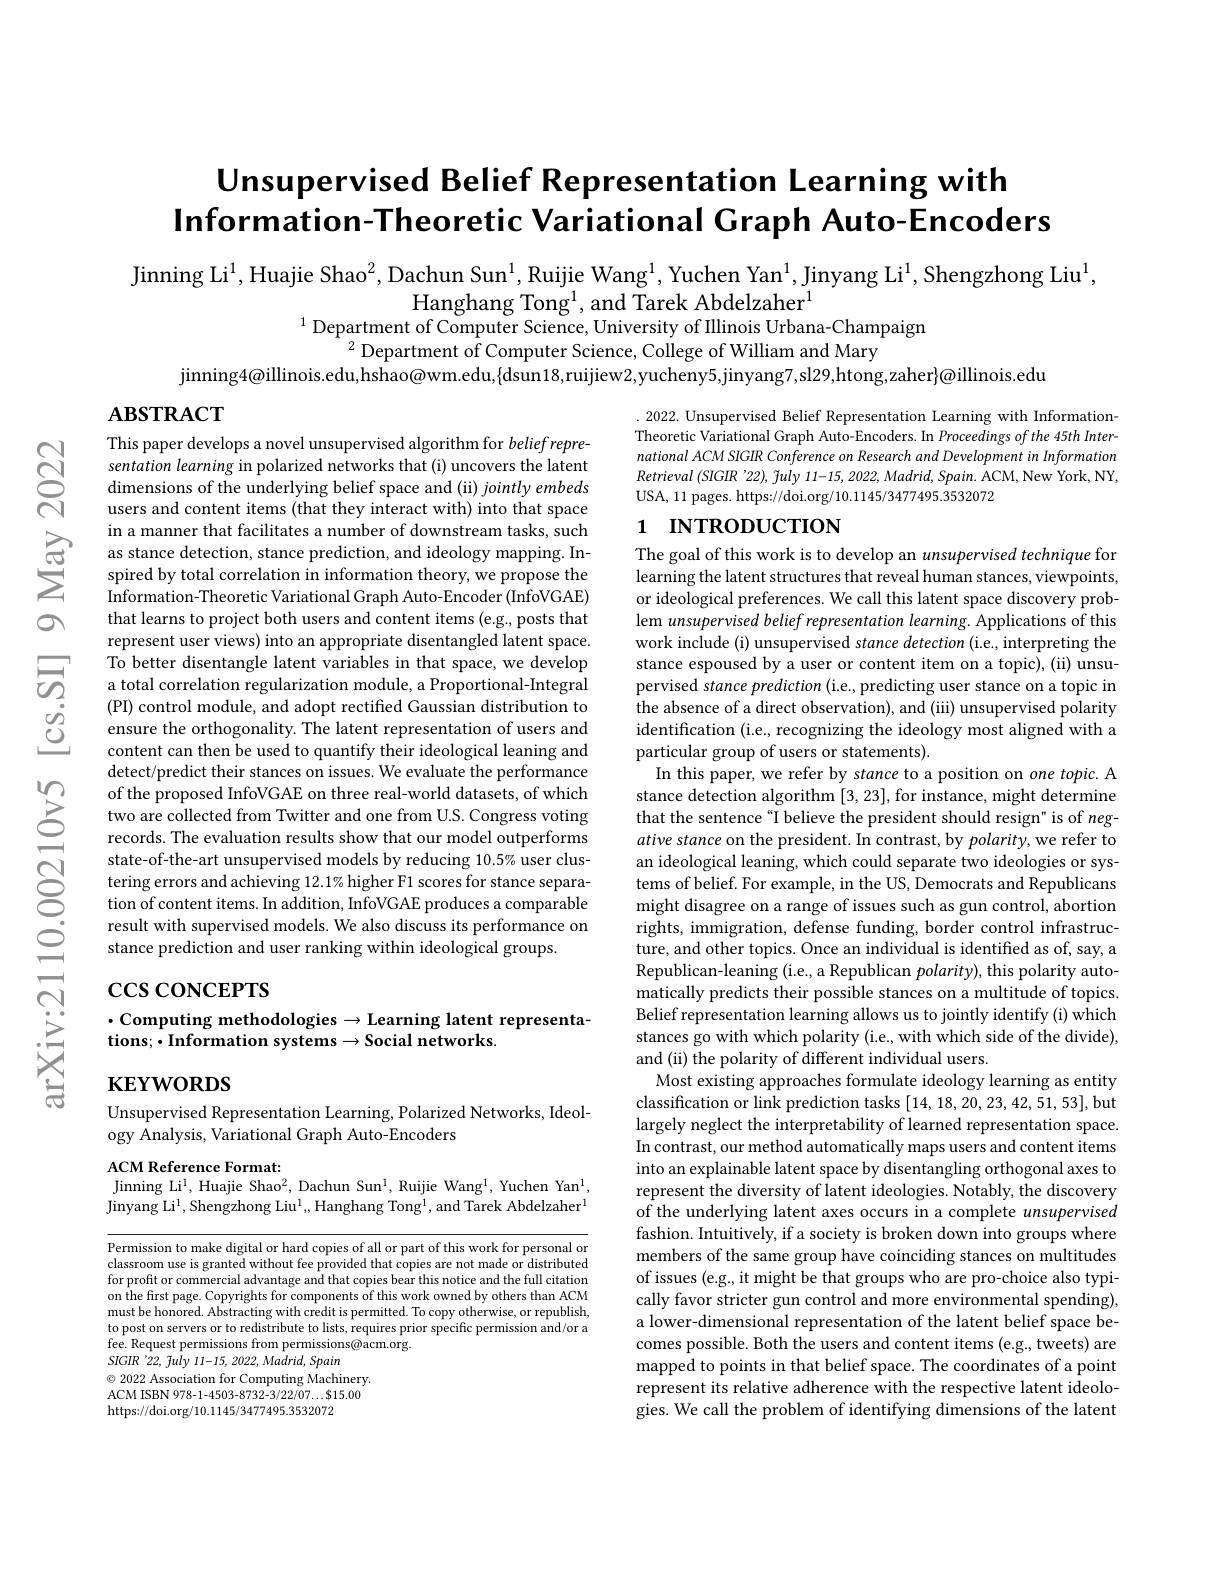
# Unsupervised Belief Representation Learning with Information-Theoretic Variational Graph Auto-Encoders

Jinning Li$^{1}$, Huajie Shao$^2$, Dachun Sun$^{1}$, Ruijie Wang$^{1}$, Yuchen Yan$^{1}$, Jinyang Li$^{1}$, Shengzhong Liu$^{1}$,
Hanghang Tong$^1$,and Tarek Abdelzaher$^1$
$^{1}$Department of Computer Science, University of Illinois Urbana-Champaign

$^{2}$Department of Computer Science, College of William and Mary
$\bar{\text{jinning}4@\text{illinois.edu,hshao@wm.edu,\{dsun18,ruijiew2,yucheny5,jinyang7,sl29,htong,zaher}}@$illinois.edu

$\mathbf{ABSTRACT}$

.2022. Unsupervised Belief Representation Learning with InformationTheoretic Variational Graph Auto-Encoders. In Proceedings ofthe 45th International ACM SIGR Conference on Research and Development in Information $Retrieval\left(SIGIR~'22\right),\tilde{f}uly~11-15,2022,Madrid,Spain.ACM,New~York,~NY$, USA, 11 pages. https://doi.org/10.1145/3477495.3532072

## 1 INTRODUCTION

This paper develops a novel unsupervised algorithm for belief representation learning in polarized networks that (i) uncovers the latent dimensions of the underlying belief space and (ii) jointly embeds users and content items (that they interact with) into that space in a manner that facilitates a number of downstream tasks, such
$\sum_{\begin{array}{cc}\text{G}&\text{as stance detection,stance prediction,and ideology mapping.In-}\\\text{spired by total correlation in information theory,we propose the}\\&\text{Information-Theoretic Variational Graph Auto-Encoder(InfoVGAE)}\end{array}}$
that learns to project both users and content items (e.g., posts that represent user views) into an appropriate disentangled latent space. To better disentangle latent variables in that space, we develop a total correlation regularization module, a Proportional-Integral (PI) control module, and adopt rectified Gaussian distribution to ensure the orthogonality. The latent representation of users and content can then be used to quantify their ideological leaning and detect/predict their stances on issues. We evaluate the performance of the proposed InfoVGAE on three real-world datasets, of which two are collected from Twitter and one from U.S. Congress voting records. The evaluation results show that our model outperforms state-of-the-art unsupervised models by reducing 10.5% user clustering errors and achieving 12.1% higher F1 scores for stance separation of content items. In addition, InfoVGAE produces a comparable result with supervised models. We also discuss its performance on stance prediction and user ranking within ideological groups

The goal of this work is to develop an unsupervised technique for learning the latent structures that reveal human stances, viewpoints, or ideological preferences. We call this latent space discovery problem unsupervised belief representation learning. Applications of this work include (i) unsupervised stance detection (i.e., interpreting the stance espoused by a user or content item on a topic), (ii) unsupervised stance prediction (i.e., predicting user stance on a topic in the absence of a direct observation), and (iii) unsupervised polarity identification (i.e., recognizing the ideology most aligned with a particular group of users or statements).
In this paper, we refer by stance to a position on one topic. A stance detection algorithm [3,23],for instance, might determine that the sentence“I believe the president should resign" is of negative stance on the president. In contrast, by polarity, we refer to an ideological leaning, which could separate two ideologies or systems of belief. For example, in the US, Democrats and Republicans might disagree on a range of issues such as gun control, abortion rights, immigration, defense funding, border control infrastructure, and other topics. Once an individual is identified as of, say, a Republican-leaning (i.e., a Republican $polarity)$, this polarity automatically predicts their possible stances on a multitude of topics. Belief representation learning allows us to jointly identify (i) which stances go with which polarity (i.e., with which side of the divide), and (ii) the polarity of different individual users.
Most existing approaches formulate ideology learning as entity classification or link prediction tasks [14,18,20,23,42,51,53],but largely neglect the interpretability of learned representation space. In contrast, our method automatically maps users and content items into an explainable latent space by disentangling orthogonal axes to represent the diversity of latent ideologies. Notably, the discovery of the underlying latent axes occurs in a complete unsupervised fashion. Intuitively, if a society is broken down into groups where members of the same group have coinciding stances on multitudes of issues (e.g., it might be that groups who are pro-choice also typically favor stricter gun control and more environmental spending), a lower-dimensional representation of the latent belief space becomes possible. Both the users and content items (e.g., tweets) are mapped to points in that belief space. The coordinates of a point represent its relative adherence with the respective latent ideologies. We call the problem of identifying dimensions of the latent

# $\csc\csc$coNCEPTS

## $\cdot$Computing methodologies$\to$Learning latent representations; $\bullet$Information systems$\to$Social networks.

$\mathbf{KEYWORDS}$

Unsupervised Representation Learning, Polarized Networks, Ideol-
ogy Analysis, Variational Graph Auto-Encoders

ACM Reference Format:
Jinning Li$^1$, Huajie Shao$^2$, Dachun Sun$^1$, Ruijie Wang$^1$, Yuchen Yan$^1$,

Jinyang Li$^1$,Shengzhong Liu$^1,$,Hanghang Tong$^1$,and Tarek Abdelzaher$^1$

Permission to make digital or hard copies of all or part of this work for personal or classroom use is granted without fee provided that copies are not made or distributed for profit or commercial advantage and that copies bear this notice and the full citation on the first page. Copyrights for components of this work owned by others than ACM must be honored. Abstracting with credit is permitted. To copy otherwise, or republish, to post on servers or to redistribute to lists, requires prior specific permission and/or a fee. Request permissions from permissions@acm.org.
SIGIR '22, fuly 11-15, 2022, Madrid, Spain
$\textcircled{\circ}$ 2022 Association for Computing Machinery. ACM ISBN 978-1-4503-8732-3/22/07...$15.00 https://doi.org/10.1145/3477495.3532072